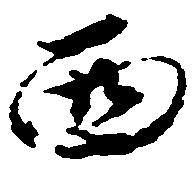
西